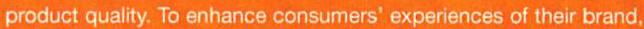
product quality. To enhance consumers' experiences of their brand,